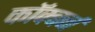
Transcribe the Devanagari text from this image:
कॉक्बर्न